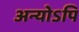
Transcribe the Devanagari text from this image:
अन्योऽपि